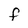
Character: f